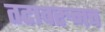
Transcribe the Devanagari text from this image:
तटावरुनच